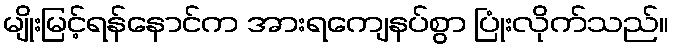
မျိုးမြင့်ရန်နောင်က အားရကျေနပ်စွာ ပြုံးလိုက်သည်။